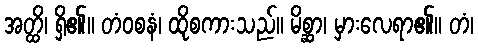
အတ္ထိ၊ ရှိ၏။ တံဝစနံ၊ ထိုစကားသည်။ မိစ္ဆာ၊ မှားလေရာ၏။ တံ၊